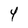
Character: 4